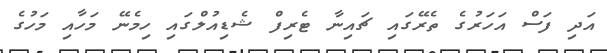
އަދި ފަސް އަހަރުގެ ތެރޭގައި ޗައިނާ ޓެރިފް ޝެޑިއުލްގައި ހިމެނޭ މަހާއި މަހުގެ